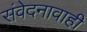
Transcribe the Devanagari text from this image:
संवेदनावाही